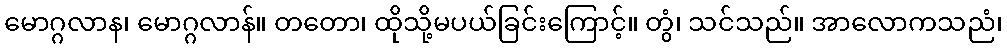
မောဂ္ဂလာန၊ မောဂ္ဂလာန်။ တတော၊ ထိုသို့မပယ်ခြင်းကြောင့်။ တွံ၊ သင်သည်။ အာလောကသညံ၊